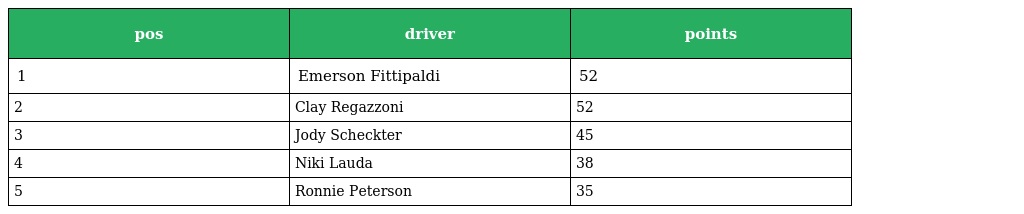
| pos | driver | points |
 | --- | --- | --- |
 | 1 | Emerson Fittipaldi | 52 |
 | 2 | Clay Regazzoni | 52 |
 | 3 | Jody Scheckter | 45 |
 | 4 | Niki Lauda | 38 |
 | 5 | Ronnie Peterson | 35 |